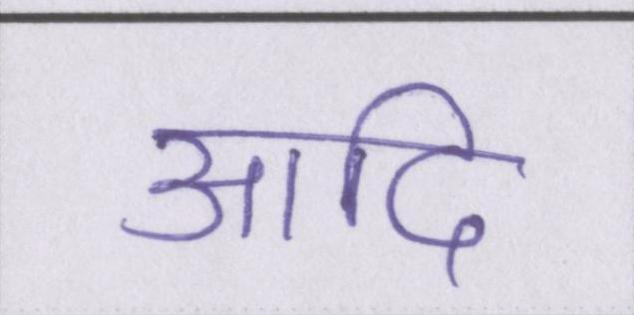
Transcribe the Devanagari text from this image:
आदि